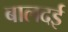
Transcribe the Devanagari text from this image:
बालदई